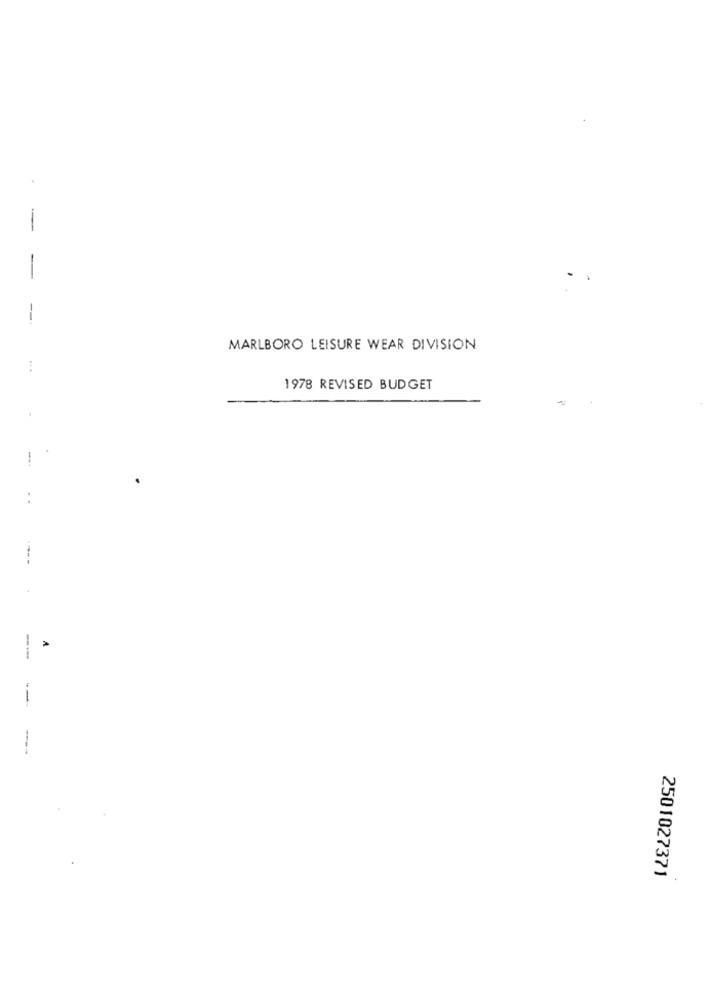
--
MARLBORO LEISURE WEAR DIVISION
1978 REVISED BUDGET
--
2501027371